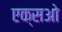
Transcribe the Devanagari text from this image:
एक्सओ